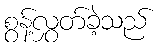
စွန့်လွှတ်ခဲ့သည်